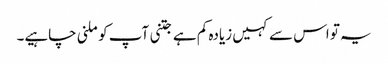
یہ تو اس سے کہیں زیادہ کم ہے جتنی آپ کو ملنی چاہیے۔